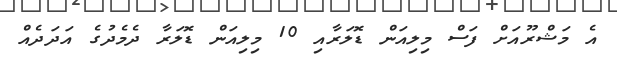
އެ މަޝްރޫއަށް ފަސް މިލިއަން ޑޮލަރާއި 10 މިލިއަން ޑޮލަރާ ދެމެދުގެ އަދަދެއް